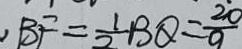
, B F = \frac { 1 } { 2 } B Q = \frac { 2 0 } { 9 }